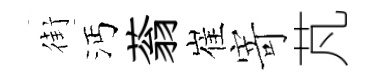
街沔蓊崔寄芃